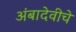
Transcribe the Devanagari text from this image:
अंबादेवीचे